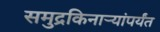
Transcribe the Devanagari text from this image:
समुद्रकिनार्‍यांपर्यंत